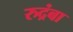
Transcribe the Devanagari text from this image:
रुद्रंबा